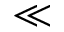
\ll